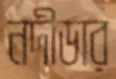
নদীডার